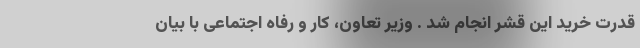
قدرت خرید این قشر انجام شد . وزیر تعاون، کار و رفاه اجتماعی با بیان